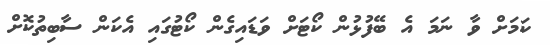
ކަމަށް ވާ ނަމަ އެ ބޭފުޅުން ކޯޓަށް ވަޑައިގެން ކޯޓުގައި އެކަން ސާބިތުކޮށް